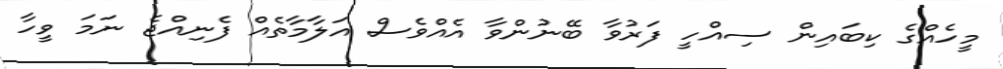
މީހެއްގެ ކިބައިން ސިއްހީ ފަރުވާ ބޭނުންވާ އެއްވެސް އަލާމާތެއް ފެނިއްޖެ ނަމަ ވީހާ